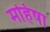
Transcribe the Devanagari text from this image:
महिषा